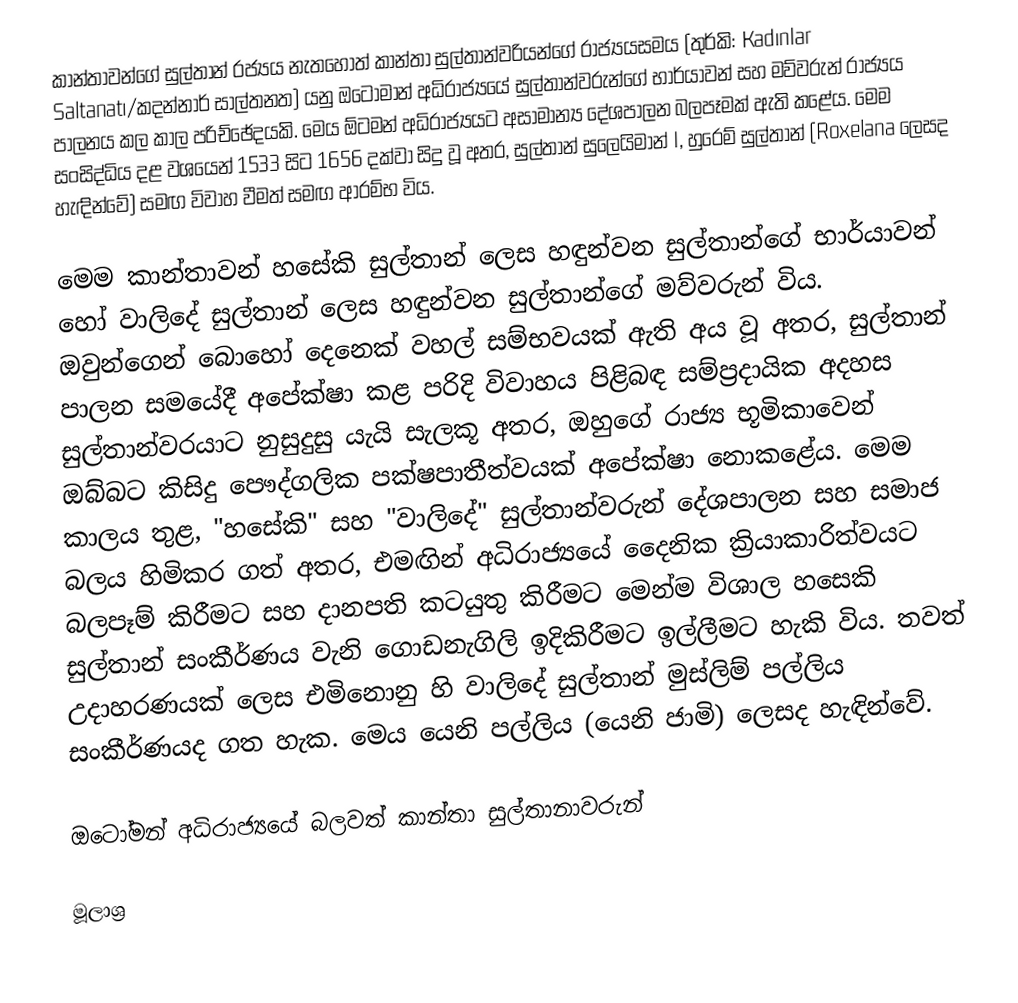
කාන්තාවන්ගේ සුල්තාන් රජ්‍යය  නැතහොත් කාන්තා සුල්තාන්වරියන්ගේ රාජ්‍යයසමය (තුර්කි: Kadınlar Saltanatı/කදන්නාර් සාල්තනත) යනු ඔටෝමාන් අධිරාජ්‍යයේ සුල්තාන්වරුන්ගේ භාර්යාවන් සහ මව්වරුන් රාජ්‍යය පාලනය කල කාල පරිච්ඡේදයකි. මෙය ඕටමන් අධිරාජ්‍යයට අසාමාන්‍ය දේශපාලන බලපෑමක් ඇති කළේය. මෙම සංසිද්ධිය දළ වශයෙන් 1533 සිට 1656 දක්වා සිදු වූ අතර, සුල්තාන් සුලෙයිමාන් I, හුරෙම් සුල්තාන් (Roxelana ලෙසද හැඳින්වේ) සමඟ විවාහ වීමත් සමඟ ආරම්භ විය.

මෙම කාන්තාවන් හසේකි සුල්තාන් ලෙස හඳුන්වන සුල්තාන්ගේ භාර්යාවන් හෝ වාලිදේ සුල්තාන් ලෙස හඳුන්වන සුල්තාන්ගේ මව්වරුන් විය. ඔවුන්ගෙන් බොහෝ දෙනෙක් වහල් සම්භවයක් ඇති අය වූ අතර, සුල්තාන් පාලන සමයේදී අපේක්ෂා කළ පරිදි විවාහය පිළිබඳ සම්ප්‍රදායික අදහස සුල්තාන්වරයාට නුසුදුසු යැයි සැලකූ අතර, ඔහුගේ රාජ්‍ය භූමිකාවෙන් ඔබ්බට කිසිදු පෞද්ගලික පක්ෂපාතීත්වයක් අපේක්ෂා නොකළේය. මෙම කාලය තුළ, "හසේකි" සහ "වාලිදේ" සුල්තාන්වරුන් දේශපාලන සහ සමාජ බලය හිමිකර ගත් අතර, එමඟින් අධිරාජ්‍යයේ දෛනික ක්‍රියාකාරිත්වයට බලපෑම් කිරීමට සහ දානපති කටයුතු කිරීමට මෙන්ම විශාල හසෙකි සුල්තාන් සංකීර්ණය වැනි ගොඩනැගිලි ඉදිකිරීමට ඉල්ලීමට හැකි විය. තවත් උදාහරණයක් ලෙස එමිනොනු හි වාලිදේ සුල්තාන් මුස්ලිම් පල්ලිය සංකීර්ණයද  ගත හැක. මෙය යෙනි පල්ලිය (යෙනි ජාමි) ලෙසද හැඳින්වේ.

ඔටෝමන් අධිරාජ්‍යයේ බලවත් කාන්තා සුල්තානාවරුන්

මූලාශ්‍ර